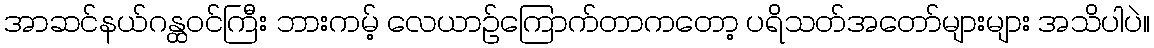
အာဆင်နယ်ဂန္ထဝင်ကြီး ဘားကမ့် လေယာဉ်ကြောက်တာကတော့ ပရိသတ်အတော်များများ အသိပါပဲ။